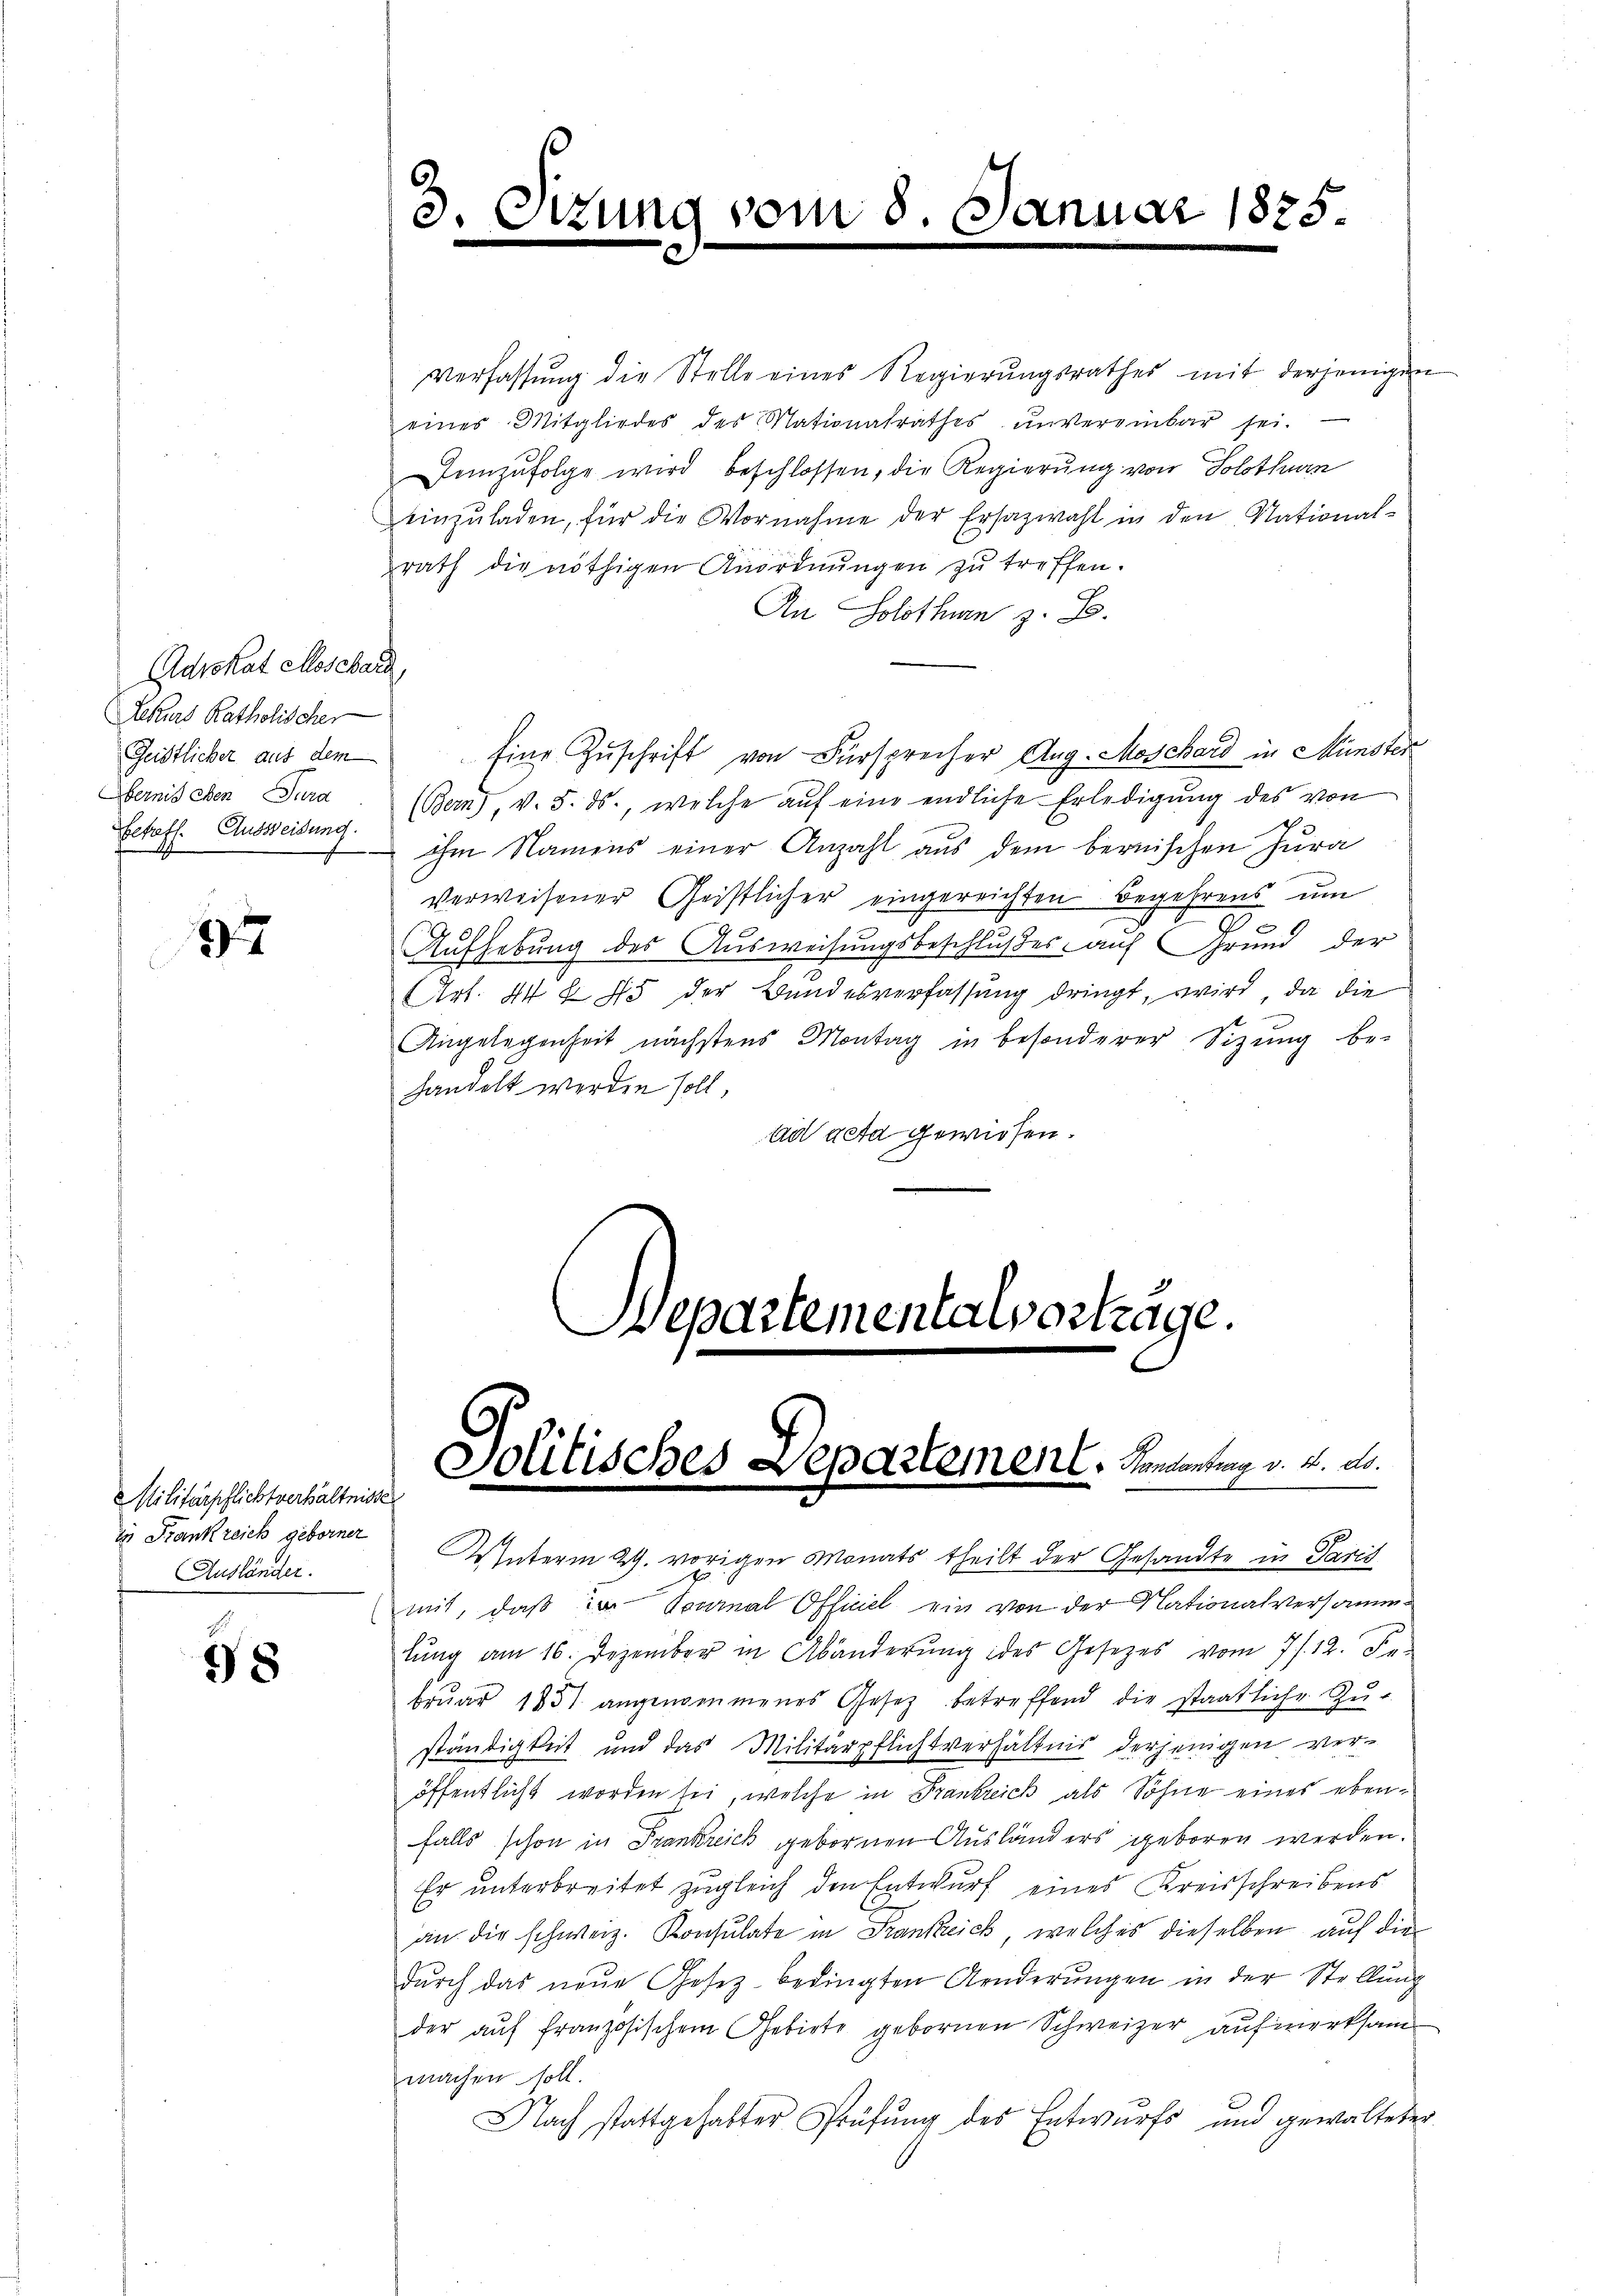
Advokat closchard,
Rekurs Katholischer
Obernis eben Jura

37

98

Militärpflichtverhältnisse
in Frankreich geborner
Ausländer.

3.

Politisches Departement. Kantontrag v. 4. A.

ing vom 5. Januar 1885

Verfassŭng die Stelle eines Regierŭngsrathes mit derjenigen
eines Mitgliedes des Nationalrathes unvereinbar sei.
Demzufolge wird beschlossen, die Regierung von Solothurn
einzŭladen, für die Vornahme der Ersazwahl in den National-
rath die nöthigen Anordnŭngen zŭ treffen.
An Solothurn z. B.
Geistlicher aus dem Eine Zuschrift von Fürsprecher Aug. Moschard in Münster
Echoff. Ausweisung. (Bern), v. 5. ds., welche aŭf eine endliche Erledigŭng des von
ihm Namens einer Anzahl aus dem bernischen Jura
verweisener Geistlicher eingereichten Begehrens um
.
Aufhebung des Ausweisungsbeschlußes auf Grund der
Art. 44 f 45 der Bundesverfassung dringt, wird, da die
Angelegenheit nächstens Montag in besonderer Sitzŭng be-
handelt werden soll,
ad acta gewiesen.
Departementalvorträge.

AInterm 29. vorigen Monats theilt der Gesandte in Paris
mit, daß in Tournal Officiel ein von der Nationalversammlung am 16. Dezember in Abänderung des Gesetzes vom 7. 12. Februar 1851 angenommenes Gesetz betreffend die staatliche Zu-
ständigkeit und das Militärpflichtverhältnis derjenigen veröffentlicht worden sei, welche in Frankreich als Sohne eines ebenfalls schon in Frankreich gebornen Ausländers geboren werden.
Er unterbreitet zugleich den Entwurf eines Kreisschreibens
an die schweiz. Konsulate in Krankreich, welches dieselben auf die
dŭrch das neue Gesetz bedingten Aenderŭngen in der Stellung
der auf französischem Gebiete gebornen Schweizer, aufmerksam
machen soll.
Nach stattgehabter Prüfŭng des Entwurfs und gewalteter